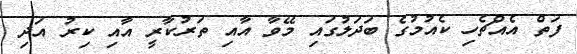
ފަތް އެއްޗެހި ކެއުމުގެ ބަދަލުގައި މޭވާ އާއި ތަރުކާރީ އާއި ކިރު އަދި